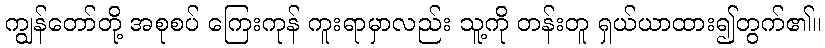
ကျွန်တော်တို့ အစုစပ် ကြေးကုန် ကူးရာမှာလည်း သူ့ကို တန်းတူ ရှယ်ယာထား၍တွက်၏။